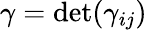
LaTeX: \gamma=\operatorname*{det}(\gamma_{ij})